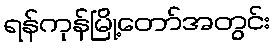
ရန်ကုန်မြို့တော်အတွင်း